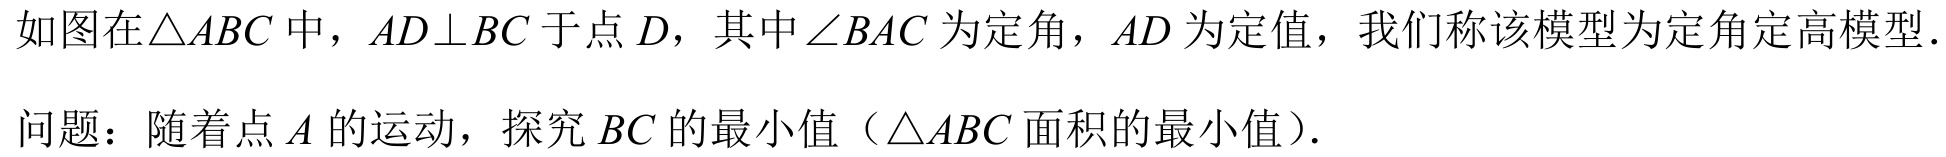
如图在\(\triangle ABC\) 中，\(AD\perp BC\) 于点 \(D\)，其中\(\angle BAC\) 为定角，\(AD\) 为定值，我们称该模型为定角定高模型．
问题：随着点 \(A\) 的运动，探究 \(BC\) 的最小值（\(\triangle ABC\) 面积的最小值）.